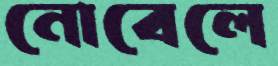
নোবেলে